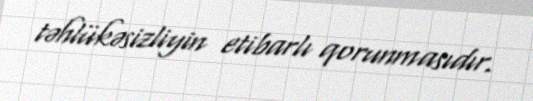
təhlükəsizliyin etibarlı qorunmasıdır.